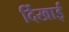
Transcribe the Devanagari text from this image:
र्दिखाई